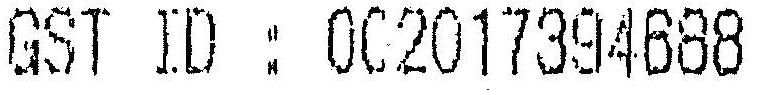
GST ID : 002017394688